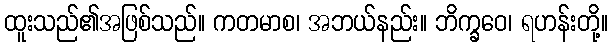
ထူးသည်၏အဖြစ်သည်။ ကတမာစ၊ အဘယ်နည်း။ ဘိက္ခဝေ၊ ရဟန်းတို့။